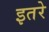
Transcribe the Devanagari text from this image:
इतरे